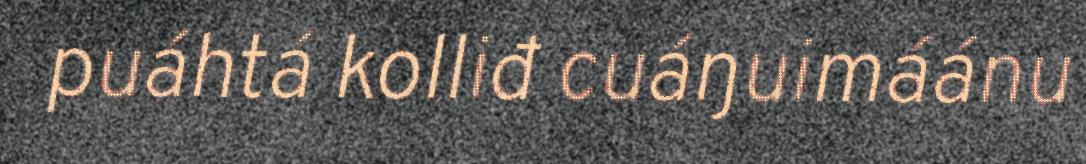
puáhtá kolliđ cuáŋuimáánu